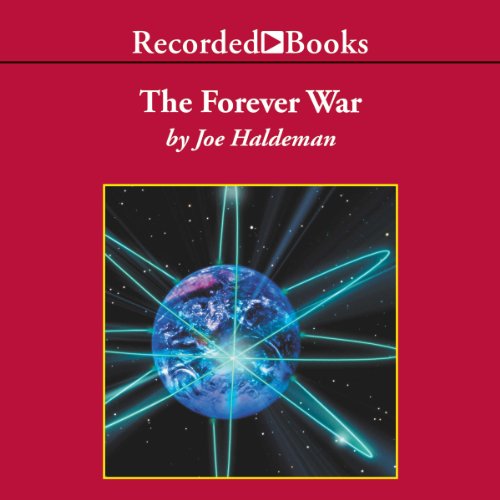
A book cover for The Forever War; Joe Haldeman; Science Fiction & Fantasy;